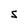
Character: S